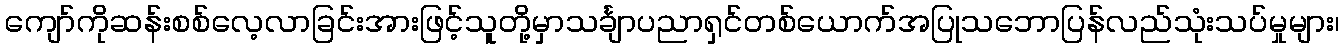
ကျော်ကိုဆန်းစစ်လေ့လာခြင်းအားဖြင့်သူတို့မှာသင်္ချာပညာရှင်တစ်ယောက်အပြုသဘောပြန်လည်သုံးသပ်မှုများ၊